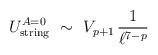
LaTeX: \begin{align*}U_{\rm string}^{A=0} ~\sim~ V_{p+1}\,\frac{1}{\ell^{7-p}}\end{align*}